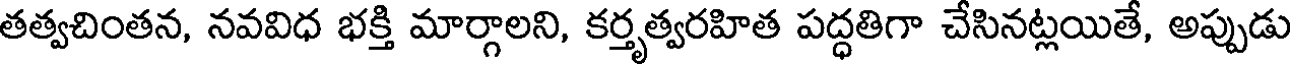
తత్వచింతన, నవవిధ భక్తి మార్గాలని, కర్తృత్వరహిత పద్ధతిగా చేసినట్లయితే, అప్పుడు